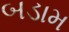
બડામ